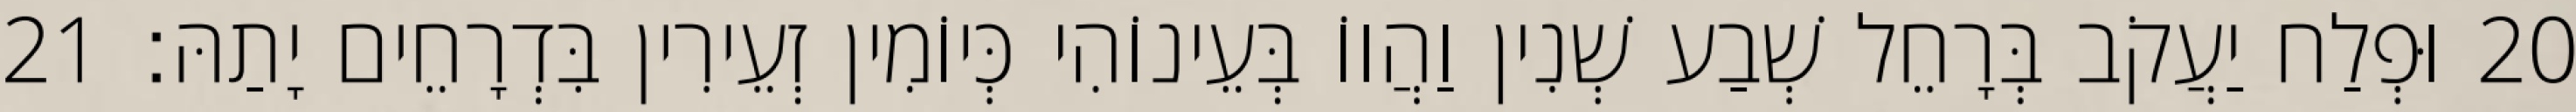
20 וּפְלַח יַעֲקֹב בְּרָחֵל שְׁבַע שְׁנִין וַהֲווֹ בְּעֵינוֹהִי כְּיוֹמִין זְעֵירִין בִּדְרָחֵים יָתַהּ׃ 21